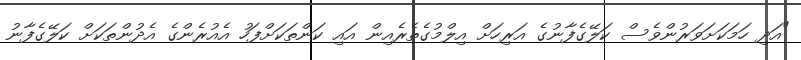
"އަދި ހަމަކަށަވަރުންވެސް ކަލޭގެފާނުގެ އަރިހަށް އިލްމުގެތެރެއިން އައި ކަންތަކަށްފަހު އެއުރެންގެ އެދުންތަކަށް ކަލޭގެފާނު